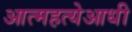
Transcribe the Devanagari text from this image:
आत्महत्येआधी